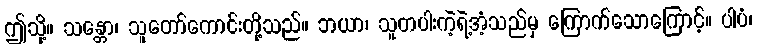
ဤသို့။ သန္တော၊ သူတော်ကောင်းတို့သည်။ ဘယာ၊ သူတပါးကဲ့ရဲ့အံ့သည်မှ ကြောက်သောကြောင့်။ ပါပံ၊